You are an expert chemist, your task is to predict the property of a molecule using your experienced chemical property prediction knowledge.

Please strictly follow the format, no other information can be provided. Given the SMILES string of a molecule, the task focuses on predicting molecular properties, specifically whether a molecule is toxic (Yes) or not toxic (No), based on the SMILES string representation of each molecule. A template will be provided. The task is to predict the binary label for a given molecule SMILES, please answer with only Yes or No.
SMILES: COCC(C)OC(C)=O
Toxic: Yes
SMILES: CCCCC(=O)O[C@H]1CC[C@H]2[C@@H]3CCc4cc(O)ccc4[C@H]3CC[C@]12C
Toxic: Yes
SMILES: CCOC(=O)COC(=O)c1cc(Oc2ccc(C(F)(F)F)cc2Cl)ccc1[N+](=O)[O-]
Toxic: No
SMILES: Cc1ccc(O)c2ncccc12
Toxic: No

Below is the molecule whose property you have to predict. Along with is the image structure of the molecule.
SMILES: Nc1ccc([N+](=O)[O-])cc1[N+](=O)[O-]
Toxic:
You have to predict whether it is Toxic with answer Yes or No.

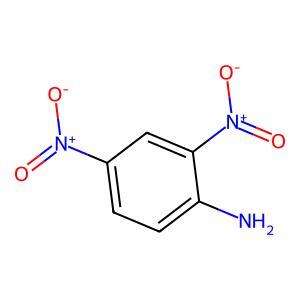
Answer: No